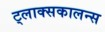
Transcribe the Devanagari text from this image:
ट्लाक्सकालन्स